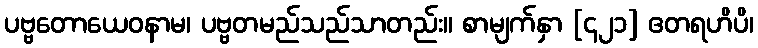
ပဗ္ဗတောယေဝနာမ၊ ပဗ္ဗတမည်သည်သာတည်း။ စာမျက်နှာ [၄၂၁] ဧတရဟိပိ၊